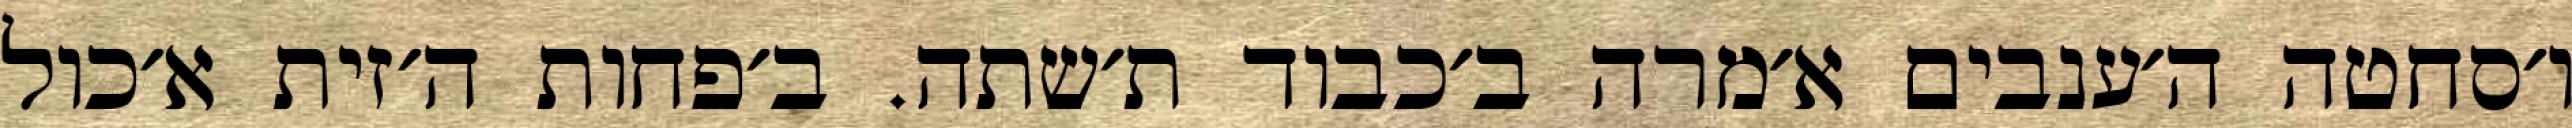
ו׳סחטה ה׳ענבים א׳מרה ב׳כבוד ת׳שתה. ב׳פחות ה׳זית א׳כול